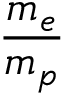
\frac { m _ { e } } { m _ { p } }